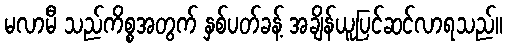
မလာမီ သည်ကိစ္စအတွက် နှစ်ပတ်ခန့် အချိန်ယူပြင်ဆင်လာရသည်။